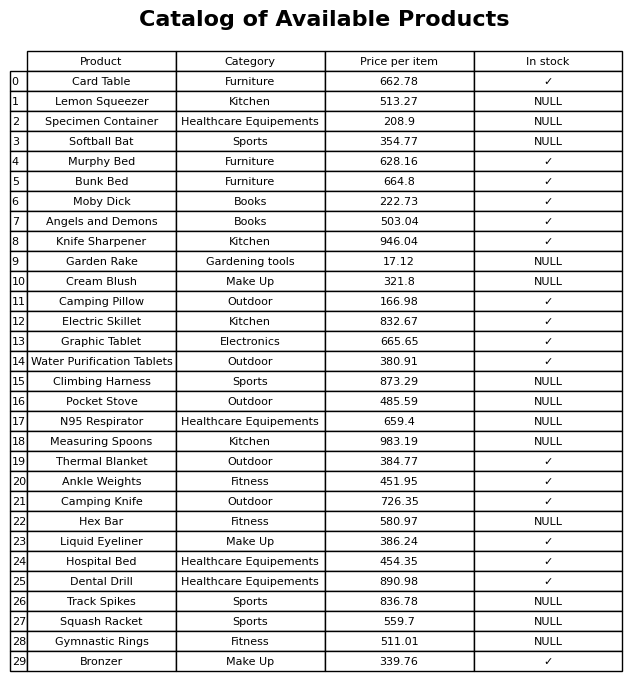
question: What is the stock status of the Moby Dick?
answer: ✓